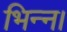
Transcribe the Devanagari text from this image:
भिन्‍न।